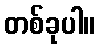
တစ်ခုပါ။